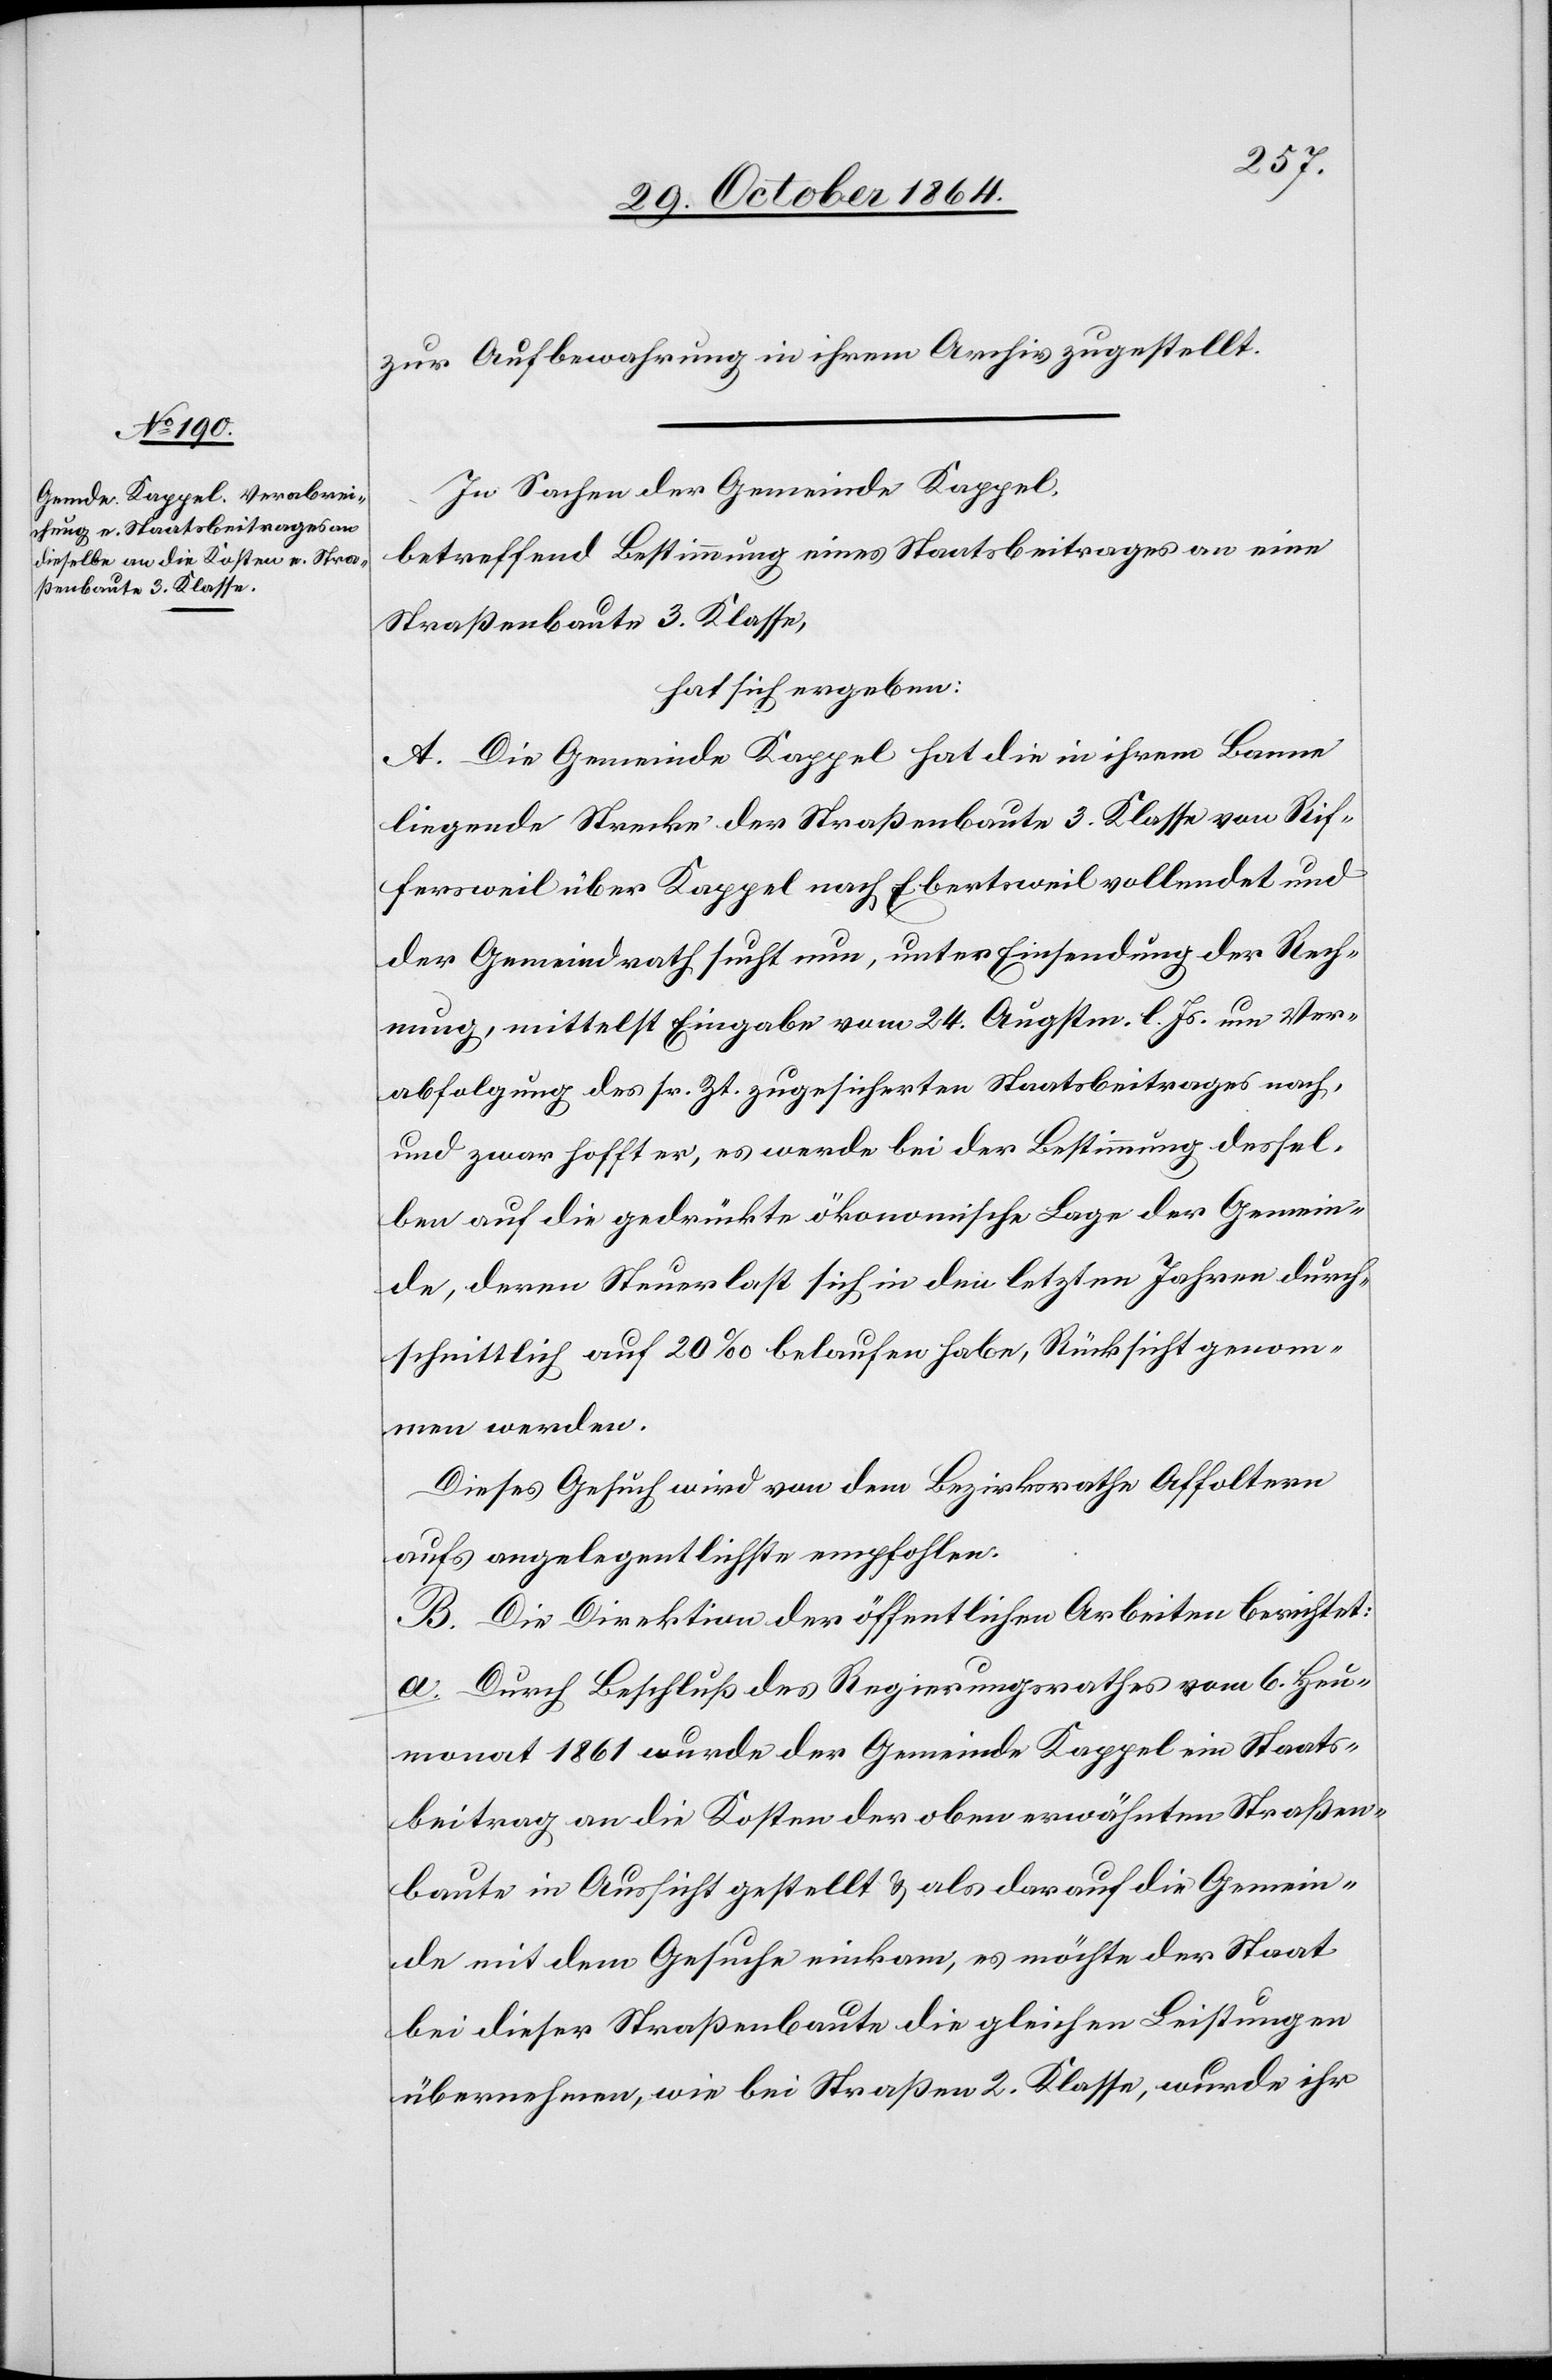
zur Aufbewahrung in ihrem Archiv zugestellt.
In Sachen der Gemeinde Kappel,
betreffend Bestimmung eines Staatsbeitrages an eine
Straßenbaute 3. Klasse,
hat sich ergeben:
A. Die Gemeinde Kappel hat die in ihrem Banne
liegende Strecke der Straßenbaute 3. Klasse von Rif¬
fersweil über Kappel nach Ebertsweil vollendet und
der Gemeindrath sucht nun, unter Einsendung der Rech¬
nung, mittelst Eingabe vom 24. Augstm. l. Js. um Ver¬
abfolgung des sr. Zt. zugesicherten Staatsbeitrages nach,
und zwar hofft er, es werde bei der Bestimmung dessel¬
ben auf die gedrückte ökonomische Lage der Gemein¬
de, deren Steuerlast sich in den letzten Jahren durch¬
schnittlich auf 20‰ belaufen habe, Rücksicht genom¬
men werden.
Dieses Gesuch wird von dem Bezirksrathe Affoltern
aufs angelegentlichste [sic!] empfohlen.
B. Die Direktion der öffentlichen Arbeiten berichtet:
a. Durch Beschluß des Regierungsrathes vom 6. Heu¬
monat 1861 wurde der Gemeinde Kappel ein Staats¬
beitrag an die Kosten der oben erwähnten Straßen¬
baute in Aussicht gestellt & als darauf die Gemein¬
de mit dem Gesuche einkam, es möchte der Staat
bei dieser Straßenbaute die gleichen Leistungen
übernehmen, wie bei Straßen 2. Klasse, wurde ihr